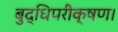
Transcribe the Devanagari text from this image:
बुद्धिपरीक्षण।